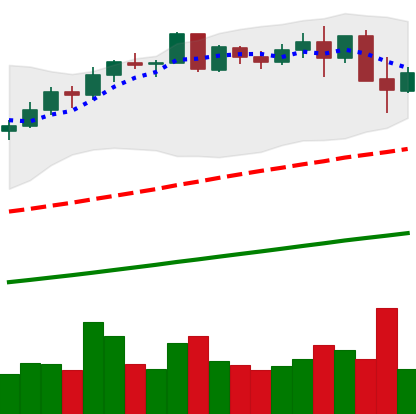
Ticker: BNB-USD
Chart end date: 2021-05-14
Forward return: -43.789%
Label: down_7plus